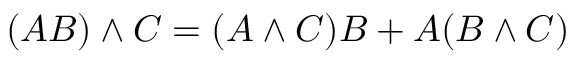
( A B ) \wedge C = ( A \wedge C ) B + A ( B \wedge C )